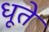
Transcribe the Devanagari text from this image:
धूते